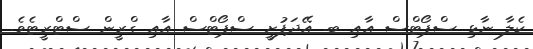
ކެލާ ނާޅި ސްޕޯޓްސް އާއި ބ. އޭދަފުށީ ސްޕޯޓްސް އާއި ގްރީން ސްޓްރީޓެވެ.